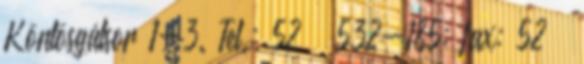
Köntösgátsor 1-3. Tel.: 52 532-185; fax: 52